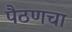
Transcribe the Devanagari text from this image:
पैठणचा